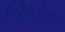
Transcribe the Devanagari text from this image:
फ्रिवेअर